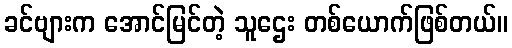
ခင်ဗျားက အောင်မြင်တဲ့ သူဌေး တစ်ယောက်ဖြစ်တယ်။